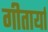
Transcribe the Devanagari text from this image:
गीतार्या